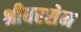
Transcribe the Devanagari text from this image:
श्रीधरसेन